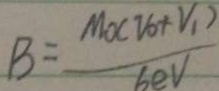
B = \frac { M o ( V _ { 0 } + V _ { 1 } ) } { 6 e V }